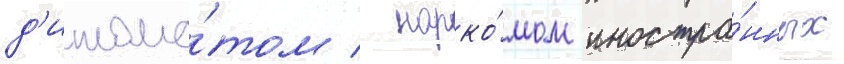
д'иплома́том / нарко́мом иностра́нных